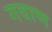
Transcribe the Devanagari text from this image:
गवाण